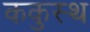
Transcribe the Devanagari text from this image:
ककुस्थ